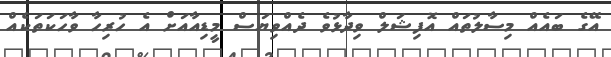
އޭގެ ބައެއް މިސާލުތައް އޮފިޝަލް ވިދާޅުވެ ދެއްވިޔަސް މީޑިއާއަށް އެ ހުރިހާ ވާހަކަތަކެއް